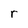
Character: r